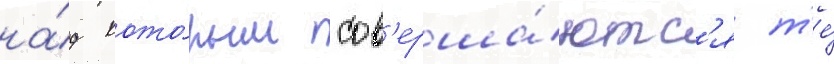
на́д кото́рым сов'ерша́ютс'я т'е́